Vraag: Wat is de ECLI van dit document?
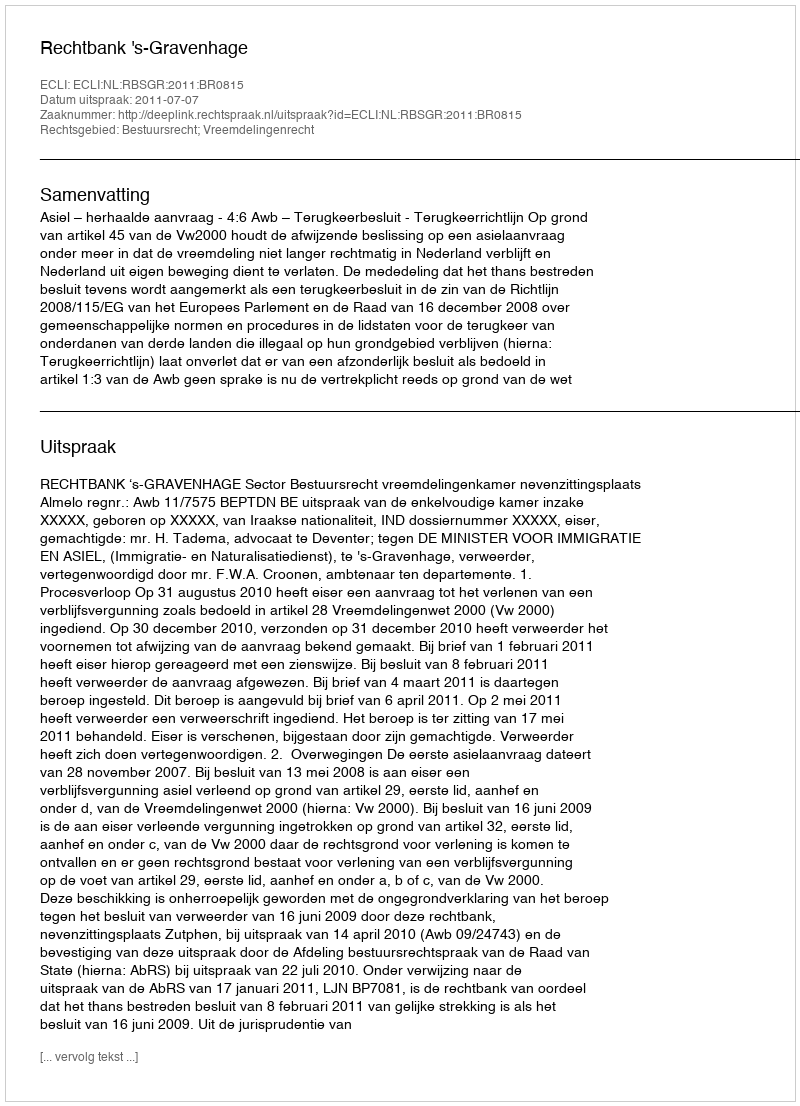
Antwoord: ECLI:NL:RBSGR:2011:BR0815